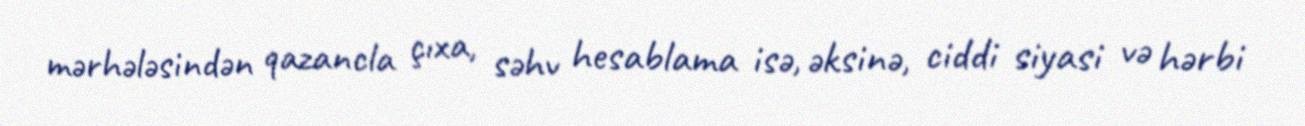
mərhələsindən qazancla çıxa, səhv hesablama isə, əksinə, ciddi siyasi və hərbi